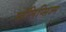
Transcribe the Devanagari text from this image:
सॉलिप्सिज्म